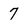
Character: 7